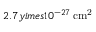
2 . 7 y i m e s 1 0 ^ { - 2 7 } \, \mathrm { c m ^ { 2 } }